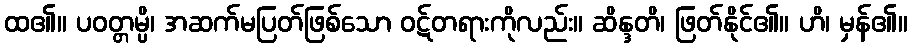
ထ၏။ ပဝတ္တမ္ပိ၊ အဆက်မပြတ်ဖြစ်သော ဝဋ်တရားကိုလည်း။ ဆိန္ဒတိ၊ ဖြတ်နိုင်၏။ ဟိ၊ မှန်၏။